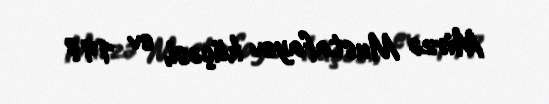
Mirzə Mustafayev küçəsi, ev 147